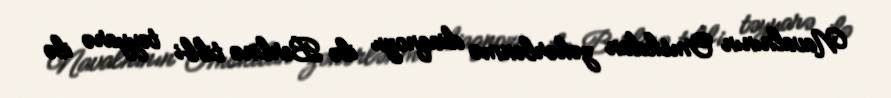
Navalnının Omskdan zəhərlənmə diaqnozu ilə Berlinə tibbi təyyarə ilə